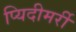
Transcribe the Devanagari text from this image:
प्यिदीमर्री